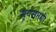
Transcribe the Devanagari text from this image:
सूर्यसप्तमी